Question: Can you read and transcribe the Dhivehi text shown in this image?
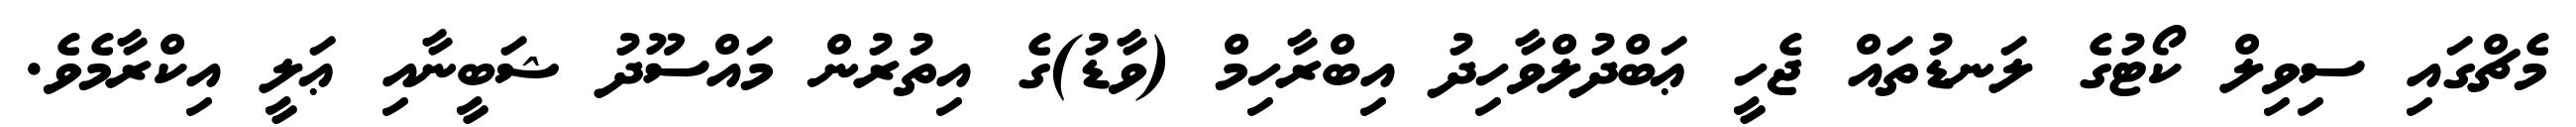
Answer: މެޗްގައި ސިވިލް ކޯޓުގެ ލަނޑުތައް ޖެހީ ޢަބްދުލްވާހިދު އިބްރާހިމް (ވާޑު)ގެ އިތުރުން މައްސޫދު ޝަބީނާއި ޢަލީ އިކްރާމެވެ.